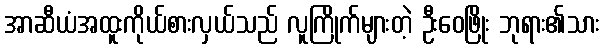
အာဆီယံအထူးကိုယ်စားလှယ်သည် လူကြိုက်များတဲ့ ဦးဝေဖြိုး ဘုရား၏သား